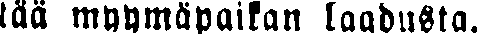
tää myymäpaikan laadusta.